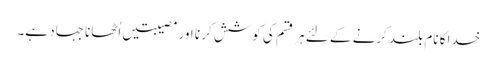
خدا کا نام بلند کرنے کے لئے ہر قسم کی کوشش کر نا اور مصیبتیں اُٹھانا جہاد ہے۔